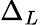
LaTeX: \Delta_{L}